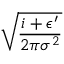
\sqrt { \frac { i + \epsilon ^ { \prime } } { 2 \pi \sigma ^ { 2 } } }